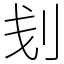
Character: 刬